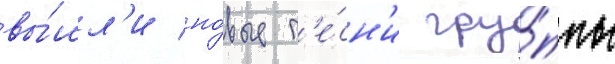
вы́шл'и но́вые п'е́сн'и гру́ппы